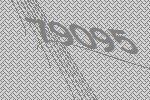
79095